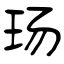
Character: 玚